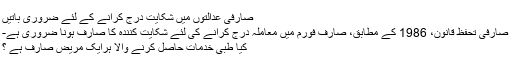
صارفی عدالتوں میں شکایت درج کرانے کے لئے ضروری باتیں
صارفی تحفظ قانون، 1986 کے مُطابق، صارف فورم میں معاملہ درج کرانے کی لئے شکایت کنندہ کا صارف ہونا ضروری ہے-
کیا طبی خدمات حاصل کرنے والا ہرایک مریض صارف ہے ؟